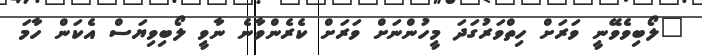
"ލޯބިވެވޭނީ ވަރަށް ހިތްވަރުގަދަ މީހުންނަށް ވަރަށް ކެރެންވާނެ ނާވީ ލޯބިވިޔަސް އެކަން ހާމަ